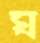
ঘ